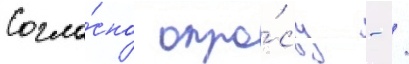
Согла́сно опро́су - /